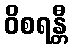
ဝိစရန္တီ